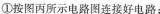
①按图丙所示电路图连接好电路；